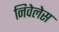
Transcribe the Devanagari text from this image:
निवेलेस